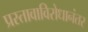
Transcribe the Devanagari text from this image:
प्रस्तावाविरोधानंतर